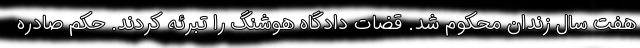
هفت سال زندان محکوم شد. قضات دادگاه هوشنگ را تبرئه کردند. حکم صادره